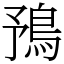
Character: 𩿗